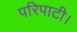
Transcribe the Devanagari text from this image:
परिपाटी।